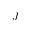
J